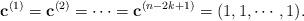
LaTeX: \begin{align*} \mathbf{c}^{(1)}=\mathbf{c}^{(2)}=\cdots=\mathbf{c}^{(n-2k+1)}=(1,1,\cdots,1). \end{align*}